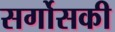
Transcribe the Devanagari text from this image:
सर्गोसकी